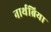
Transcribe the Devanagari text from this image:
नार्थब्रिया